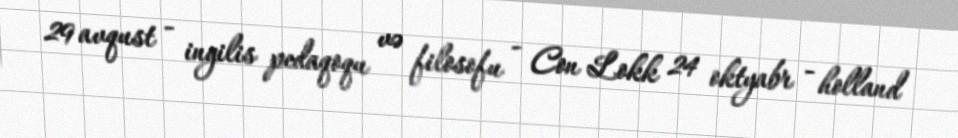
29 avqust - ingilis pedaqoqu və filosofu - Con Lokk 24 oktyabr - holland